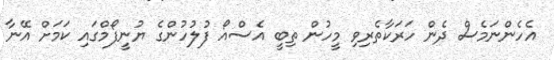
އެހެންނަމެސް ދެން ހަރަކާތެރިވި މީހުން ތިބީ އެސްއޯ ފުލުހުންގެ ޔުނީފޯމްގައި ކަމަށް އޭނާ